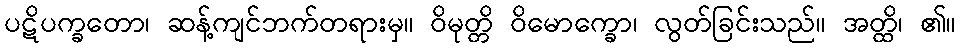
ပဋိပက္ခတော၊ ဆန့်ကျင်ဘက်တရားမှ။ ဝိမုတ္တိ ဝိမောက္ခော၊ လွတ်ခြင်းသည်။ အတ္ထိ၊ ၏။